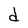
Character: d